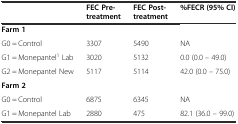
<table><thead><tr><td></td><td><b>FEC Pre-treatment</b></td><td><b>FEC Post-treatment</b></td><td><b>%FECR (95% CI)</b></td></tr></thead><tbody><tr><td colspan="4"><b>Farm 1</b></td></tr><tr><td>G0 = Control</td><td>3307</td><td>5490</td><td>NA</td></tr><tr><td>G1 = Monepantel<sup>1</sup> Lab</td><td>3020</td><td>5132</td><td>0.0 (0.0 – 49.0)</td></tr><tr><td>G2 = Monepantel New</td><td>5117</td><td>5114</td><td>42.0 (0.0 – 75.0)</td></tr><tr><td colspan="4"><b>Farm 2</b></td></tr><tr><td>G0 = Control</td><td>6875</td><td>6345</td><td>NA</td></tr><tr><td>G1 = Monepantel Lab</td><td>2880</td><td>475</td><td>82.1 (36.0 – 99.0)</td></tr></tbody></table>